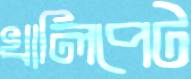
খালিপেট